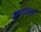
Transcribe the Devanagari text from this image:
जुन्यातला